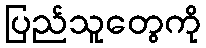
ပြည်သူတွေကို